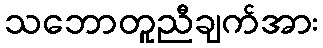
သဘောတူညီချက်အား